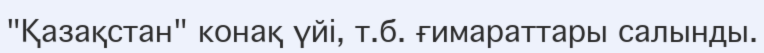
"Қазақстан" конақ үйі, т.б. ғимараттары салынды.